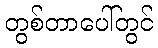
တွစ်တာပေါ်တွင်